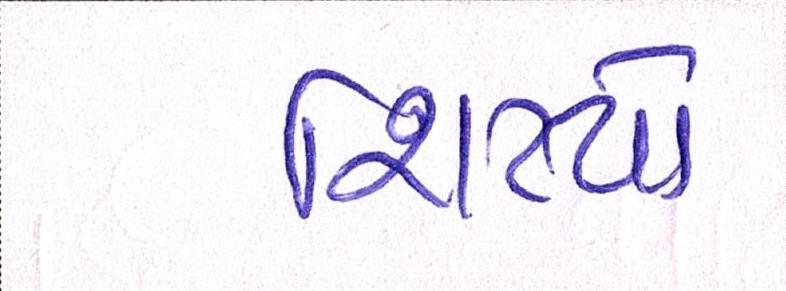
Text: શિષ્યો